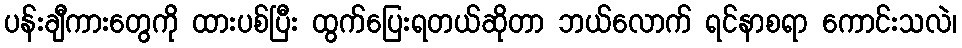
ပန်းချီကားတွေကို ထားပစ်ပြီး ထွက်ပြေးရတယ်ဆိုတာ ဘယ်လောက် ရင်နာစရာ ကောင်းသလဲ၊